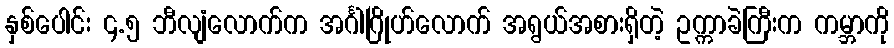
နှစ်ပေါင်း ၄.၅ ဘီလျံလောက်က အင်္ဂါဂြိုဟ်လောက် အရွယ်အစားရှိတဲ့ ဥက္ကာခဲကြီးက ကမ္ဘာကို